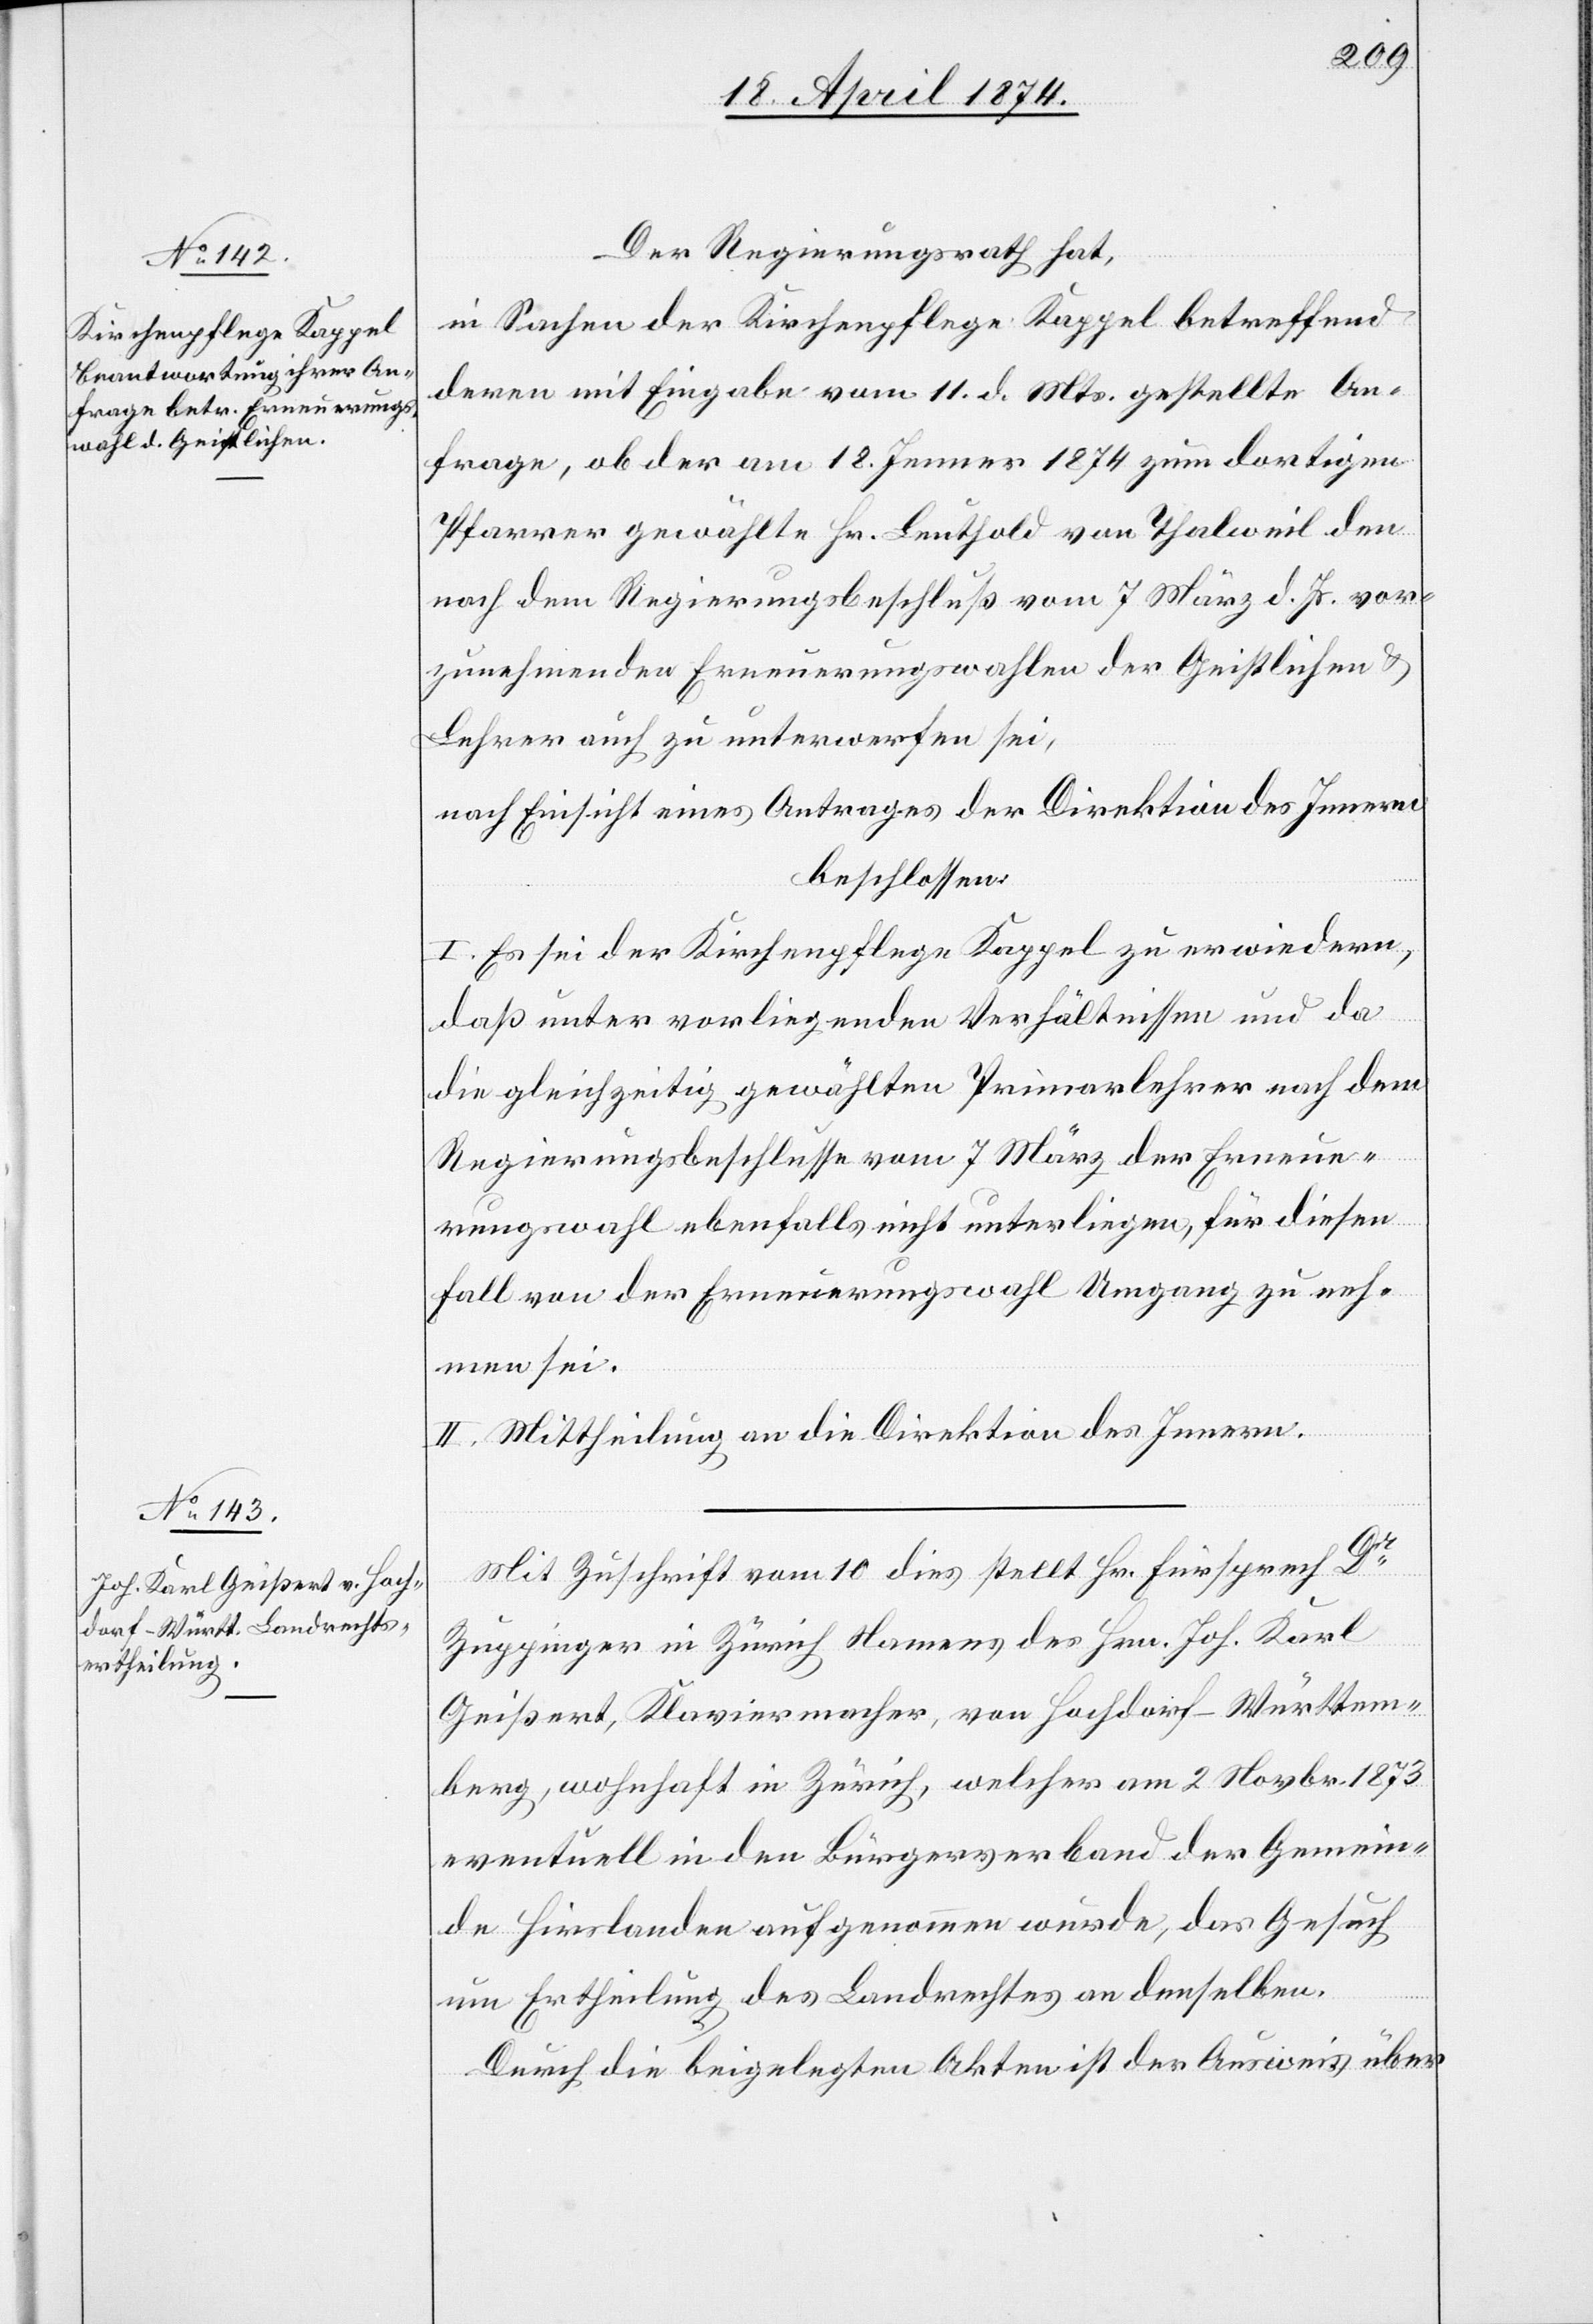
Der Regierungsrath hat,
in Sachen der Kirchenpflege Kappel betreffend
deren mit Eingabe vom 11. d. Mts. gestellte An¬
frage, ob der am 18. Jenner 1874 zum dortigen
Pfarrer gewählte Hr. Leuthold von Thalweil den
nach dem Regierungsbeschluß vom 7. März d. Js. vor¬
zunehmenden Erneuerungswahlen der Geistlichen u.
Lehrer auch zu unterwerfen sei,
nach Einsicht eines Antrages der Direktion des Innern
beschlossen:
I. Es sei der Kirchenpflege Kappel zu erwiedern,
daß unter vorliegenden Verhältnissen und da
die gleichzeitig gewählten Primarlehrer nach dem
Regierungsbeschlusse vom 7. März der Erneue¬
rungswahl ebenfalls nicht unterliegen, für diesen
Fall von der Erneuerungswahl zu nehmen sei.
II. Mittheilung an die Direktion des Innern.
Mit Zuschrift vom 10. dies stellt Hr. Fürsprech Dr
Zuppinger in Zürich Namens des Hrn. Joh. Karl
Geißert, Klaviermacher, von Hochdorf-Württem¬
berg, wohnhaft in Zürich, welcher am 2. Novbr. 1873
eventuell in den Bürgerverband der Gemein¬
de Hirslanden aufgenommen wurde, das Gesuch
um Ertheilung des Landrechtes an denselben.
Durch die beigelegten Akten ist der Ausweis über